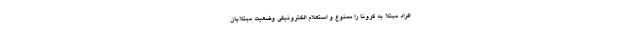
افراد مبتلا به کرونا را ممنوع و استعلام الکترونیکی وضعیت مبتلایان